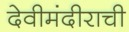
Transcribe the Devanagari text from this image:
देवीमंदीराची